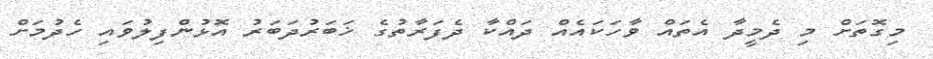
މިގޮތަށް މި ދެމީދާ އެތައް ވާހަކައެއް ދައްކާ ދެފަރާތުގެ ޚަބަރުދަބަރު އޮޅުންފިލުވައި ހެދުމަށް